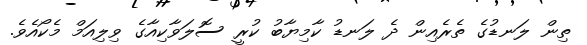
ތިން ލަނޑުގެ ތެރެއިން ދެ ލަނޑު ކާމިޔާބު ކުރީ ސޮލަވާކިއާގެ ވިލިއަމް މެކޯއެވެ.